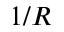
1 / R